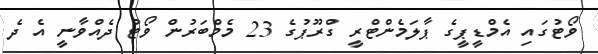
ވޯޓުގައި އެމްޑީޕީގެ ޕާލަމެންޓްރީ ގްރޫޕުގެ 23 މެމްބަރުން ވޯޓު ދެއްވާނީ އެ ދެ